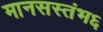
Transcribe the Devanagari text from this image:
मानसस्तंभ६